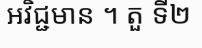
អវិជ្ជមាន ។ តួ ទី២